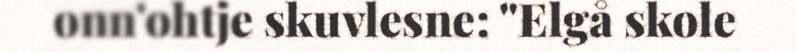
onn'ohtje skuvlesne: "Elgå skole